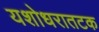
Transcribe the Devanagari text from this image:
यशोधरातटक